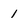
Character: 1